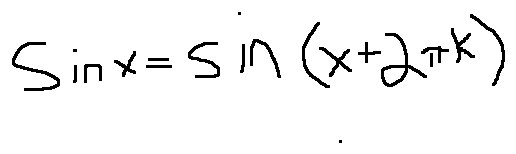
\sin x = \sin ( x + 2 \pi k )